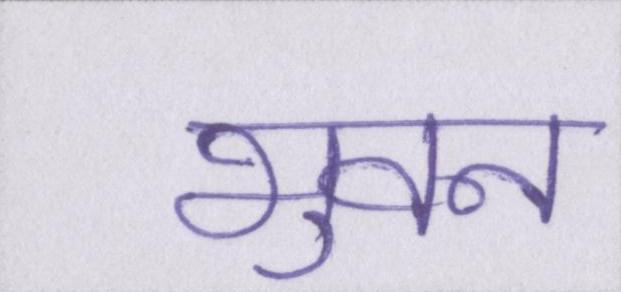
भुवन